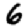
Digit: 6